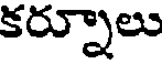
కర్నూలు